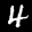
Label: 4